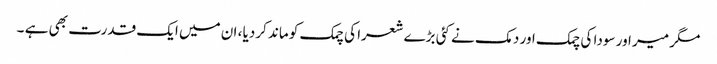
مگر میر اور سودا کی چمک اور دمک نے کئی بڑے شعرا کی چمک کو ماند کردیا ، ان میں ایک قدرت بھی ہے ۔